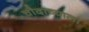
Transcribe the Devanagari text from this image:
चौदाव्याला